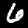
Digit: 6